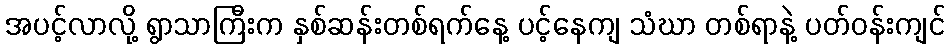
အပင့်လာလို့ ရွာသာကြီးက နှစ်ဆန်းတစ်ရက်နေ့ ပင့်နေကျ သံဃာ တစ်ရာနဲ့ ပတ်ဝန်းကျင်